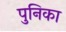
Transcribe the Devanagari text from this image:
पुनिका